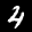
Label: 4